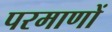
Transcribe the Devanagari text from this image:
परमाणों